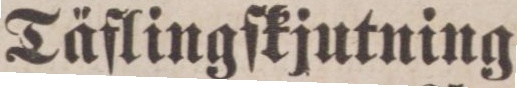
Täflingſkjutning